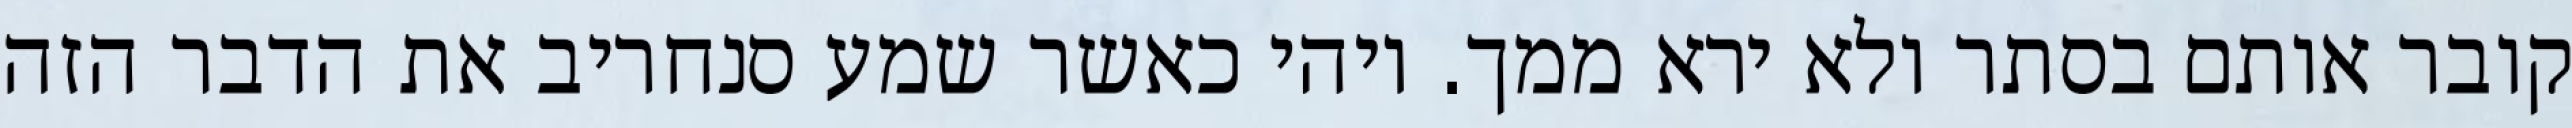
קובר אותם בסתר ולא ירא ממך. ויהי כאשר שמע סנחריב את הדבר הזה